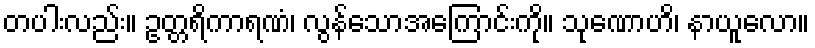
တပါးလည်း။ ဥတ္တရိကာရဏံ၊ လွန်သောအကြောင်းကို။ သုဏောဟိ၊ နာယူလော။